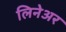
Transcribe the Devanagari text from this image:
लिनेअर